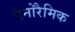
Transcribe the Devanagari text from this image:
पैनोरैमिक